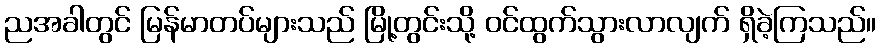
ညအခါတွင် မြန်မာတပ်များသည် မြို့တွင်းသို့ ဝင်ထွက်သွားလာလျက် ရှိခဲ့ကြသည်။